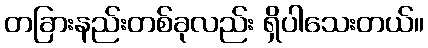
တခြားနည်းတစ်ခုလည်း ရှိပါသေးတယ်။